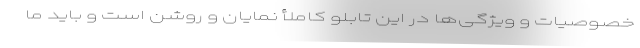
خصوصیات و ویژگی‌ها در این تابلو کاملأ نمایان و روشن است و باید ما